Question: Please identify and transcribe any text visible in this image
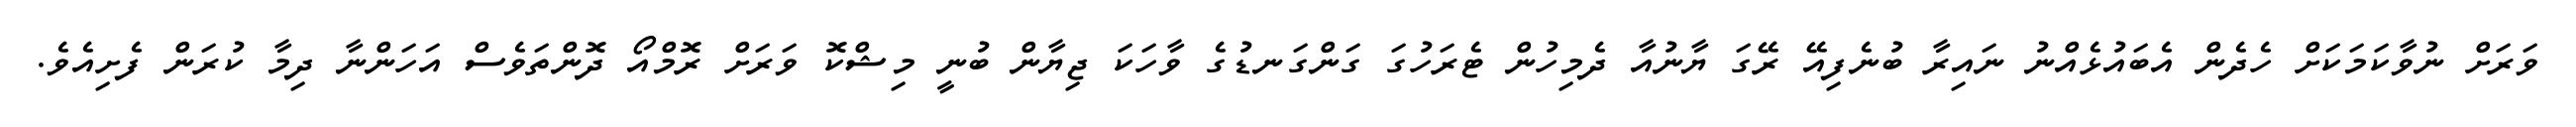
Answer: ވަރަށް ނުވާކަމަކަށް ހެދެން އެބައުޅެއްނު ނައިރާ ބުނެފިއޭ ރޭގަ ޔާނުއާ ދެމިހުން ޓެރަހުގަ ގަންގަނޑުގެ ވާހަކަ ޖިޔާން ބުނީ މިޝްކޮ ވަރަށް ރޮމްއޯ ދޮންތަވެސް އަހަންނާ ދިމާ ކުރަން ފެށިއެވެ.